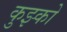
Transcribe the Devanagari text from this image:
कुझ्को